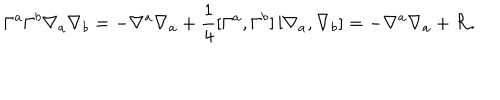
\Gamma ^ { a } \Gamma ^ { b } \nabla _ { a } \nabla _ { b } = - \nabla ^ { a } \nabla _ { a } + \frac { 1 } { 4 } [ \Gamma ^ { a } , \Gamma ^ { b } ] \, [ \nabla _ { a } , \nabla _ { b } ] = - \nabla ^ { a } \nabla _ { a } + { \cal R } .